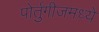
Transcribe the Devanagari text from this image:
पोर्तुगीजमध्ये